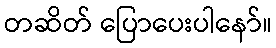
တဆိတ် ပြောပေးပါနော်။